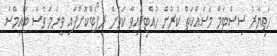
ހަތިޔާރު ސިސްޓަމް މަސައްކަތް ކުރުން ހުއްޓިފައިވާ ކަމަށް ރިޕޯޓްކޮށްފައި ވީނަމަ ވެސް ޓައިމްސް